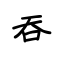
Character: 吞